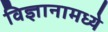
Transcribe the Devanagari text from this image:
विज्ञानामध्ये